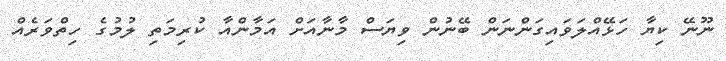
ނޫނޭ ކިޔާ ހަޅޭއްލަވައިގަންނަން ބޭނުން ވިޔަސް މާނާއަށް އަމާންއާ ކުރިމަތި ލުމުގެ ހިތްވަރެއް